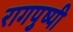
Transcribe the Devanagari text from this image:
रागपुष्पी